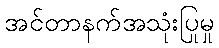
အင်တာနက်အသုံးပြုမှု